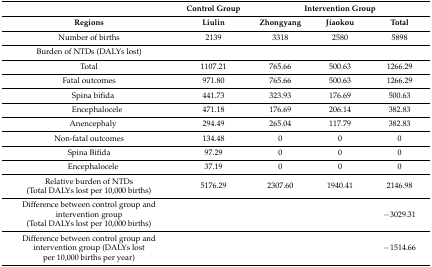
|  | Control Group | <COLSPAN=3> Intervention Group |
 | Regions | Liulin | Zhongyang | Jiaokou | Total |
 | --- | --- | --- | --- | --- |
 | Number of births | 2139 | 3318 | 2580 | 5898 |
 | Burden of NTDs (DALYs lost) |  |  |  |  |
 | Total | 1107.21 | 765.66 | 500.63 | 1266.29 |
 | Fatal outcomes | 971.80 | 765.66 | 500.63 | 1266.29 |
 | Spina bifida | 441.73 | 323.93 | 176.69 | 500.63 |
 | Encephalocele | 471.18 | 176.69 | 206.14 | 382.83 |
 | Anencephaly | 294.49 | 265.04 | 117.79 | 382.83 |
 | Non-fatal outcomes | 134.48 | 0 | 0 | 0 |
 | Spina Bifida | 97.29 | 0 | 0 | 0 |
 | Encephalocele | 37.19 | 0 | 0 | 0 |
 | Relative burden of NTDs (Total DALYs lost per 10,000 births) | 5176.29 | 2307.60 | 1940.41 | 2146.98 |
 | Difference between control group and intervention group (Total DALYs lost per 10,000 births) |  |  |  | −3029.31 |
 | Difference between control group and intervention group (DALYs lost per 10,000 births per year) |  |  |  | −1514.66 |